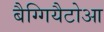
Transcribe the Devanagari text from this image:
बैग्गियैटोआ